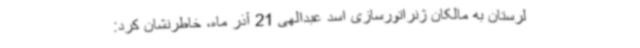
لرستان به مالکان ژنراتورسازی اسد عبدالهی 21 آذر ماه، خاطرنشان کرد: